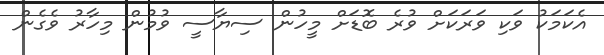
އެކަމަކު ވަކި ވަރަކަށް ވުރެ ބޮޑަށް މީހުން ސިޔާސީ ވުމުން މިހާރު ވެގެން